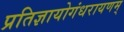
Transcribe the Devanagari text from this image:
प्रतिज्ञायोगंधरायणम्